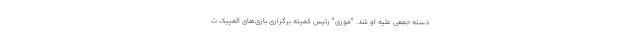
دسته جمعی علیه او شد. "موری" رئیس کمیته برگزاری بازی‌های المپیک ت